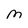
Character: M